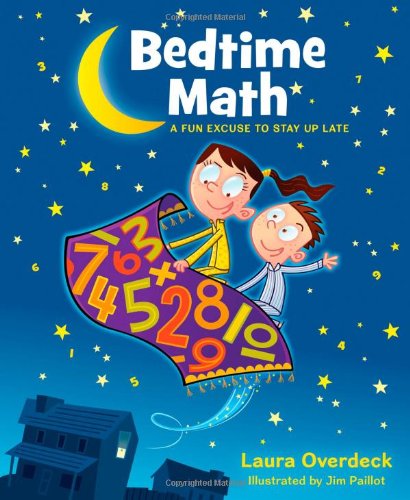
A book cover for Bedtime Math: A Fun Excuse to Stay Up Late (Bedtime Math Series); Laura Overdeck; Children's Books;